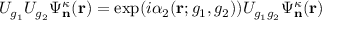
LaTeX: U _ { g _ { 1 } } U _ { g _ { 2 } } \Psi _ { \mathbf n } ^ { \kappa } ( \mathbf r ) = \exp ( i \alpha _ { 2 } ( \mathbf r ; g _ { 1 } , g _ { 2 } ) ) U _ { g _ { 1 } g _ { 2 } } \Psi _ { \mathbf n } ^ { \kappa } ( \mathbf r )